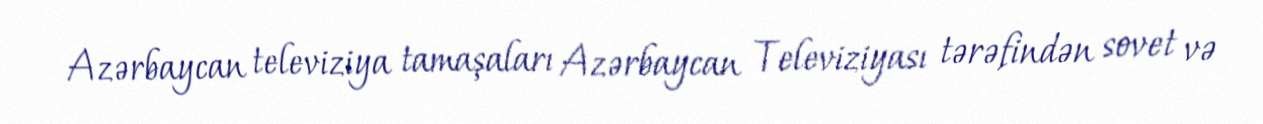
Azərbaycan televiziya tamaşaları Azərbaycan Televiziyası tərəfindən sovet və